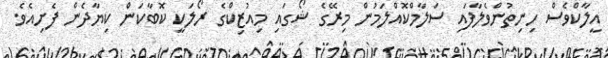
އީލާކްވެސް ހިނިތުންވެލާފައި ސަލާމްކޮއްލަމުން މިރޭގެ ޝޯގައި މިއުޒިކްގެ ރޯލަކީ ކޮބާކަން ކިޔާދެން ފެށިއެވެ.